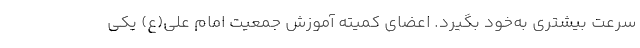
سرعت بیشتری به‌خود بگیرد. اعضای کمیته آموزش جمعیت امام علی(ع) یکی